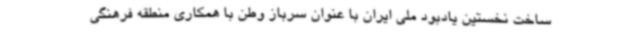
ساخت نخستین یادبود ملی ایران با عنوان سرباز وطن با همکاری منطقه فرهنگی